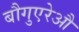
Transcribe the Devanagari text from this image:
बौगुएरेऔ